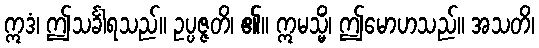
ဣဒံ၊ ဤသင်္ခါရသည်။ ဥပ္ပဇ္ဇတိ၊ ၏။ ဣမသ္မိံ၊ ဤမောဟသည်။ အသတိ၊